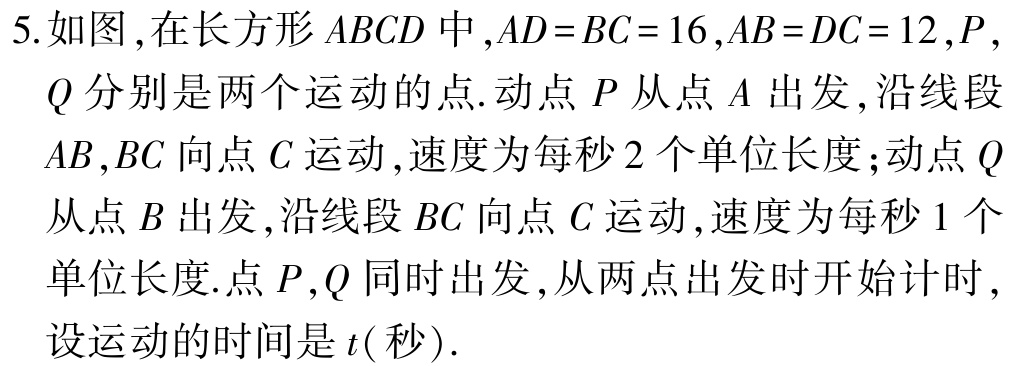
5. 如图,在长方形 \(ABCD\) 中,\(AD = BC = 16\),\(AB = DC = 12\),\(P\),
\(Q\) 分别是两个运动的点.动点 \(P\) 从点 \(A\) 出发,沿线段
\(AB\),\(BC\) 向点 \(C\) 运动,速度为每秒 \(2\) 个单位长度;动点 \(Q\)
从点 \(B\) 出发,沿线段 \(BC\) 向点 \(C\) 运动,速度为每秒 \(1\) 个
单位长度.点 \(P\),\(Q\) 同时出发,从两点出发时开始计时,
设运动的时间是 \(t(\) 秒\().\)